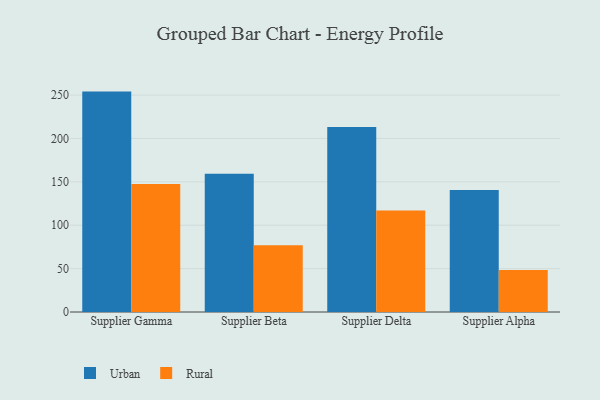
{"axis": {"x": "Supplier", "y": "Website Visitors"}, "legend": ["Rural", "Urban"], "data": [{"x": "Supplier Gamma", "y": 254.0, "type": "Urban"}, {"x": "Supplier Gamma", "y": 147.5, "type": "Rural"}, {"x": "Supplier Beta", "y": 159.4, "type": "Urban"}, {"x": "Supplier Beta", "y": 76.8, "type": "Rural"}, {"x": "Supplier Delta", "y": 213.3, "type": "Urban"}, {"x": "Supplier Delta", "y": 116.9, "type": "Rural"}, {"x": "Supplier Alpha", "y": 140.6, "type": "Urban"}, {"x": "Supplier Alpha", "y": 48.3, "type": "Rural"}]}